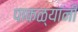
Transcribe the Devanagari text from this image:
पाकळ्यांनी